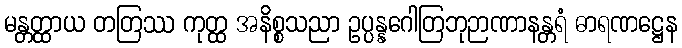
မန္တတ္ထာယ တတြဿ ကုတ္ထ အနိစ္စသညာ ဥပ္ပန္နဂေါတြဘုဉာဏာနန္တရံ ဓာရဏဋ္ဌေန